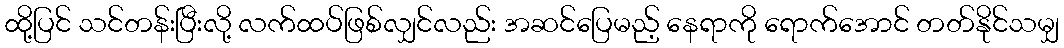
ထို့ပြင် သင်တန်းပြီးလို့ လက်ထပ်ဖြစ်လျှင်လည်း အဆင်ပြေမည့် နေရာကို ရောက်အောင် တတ်နိုင်သမျှ